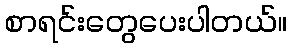
စာရင်းတွေပေးပါတယ်။